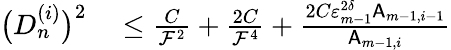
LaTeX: \begin{array}{rl}{\bigl(D_{n}^{(i)}\bigr)^{2}}&{{}\leq\frac{C}{\mathcal{F}^{2}}+\frac{2C}{\mathcal{F}^{4}}+\frac{2C\varepsilon_{m-1}^{2\delta}\mathsf{A}_{m-1,i-1}}{\mathsf{A}_{m-1,i}}}\end{array}